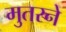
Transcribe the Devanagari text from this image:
मुतरने